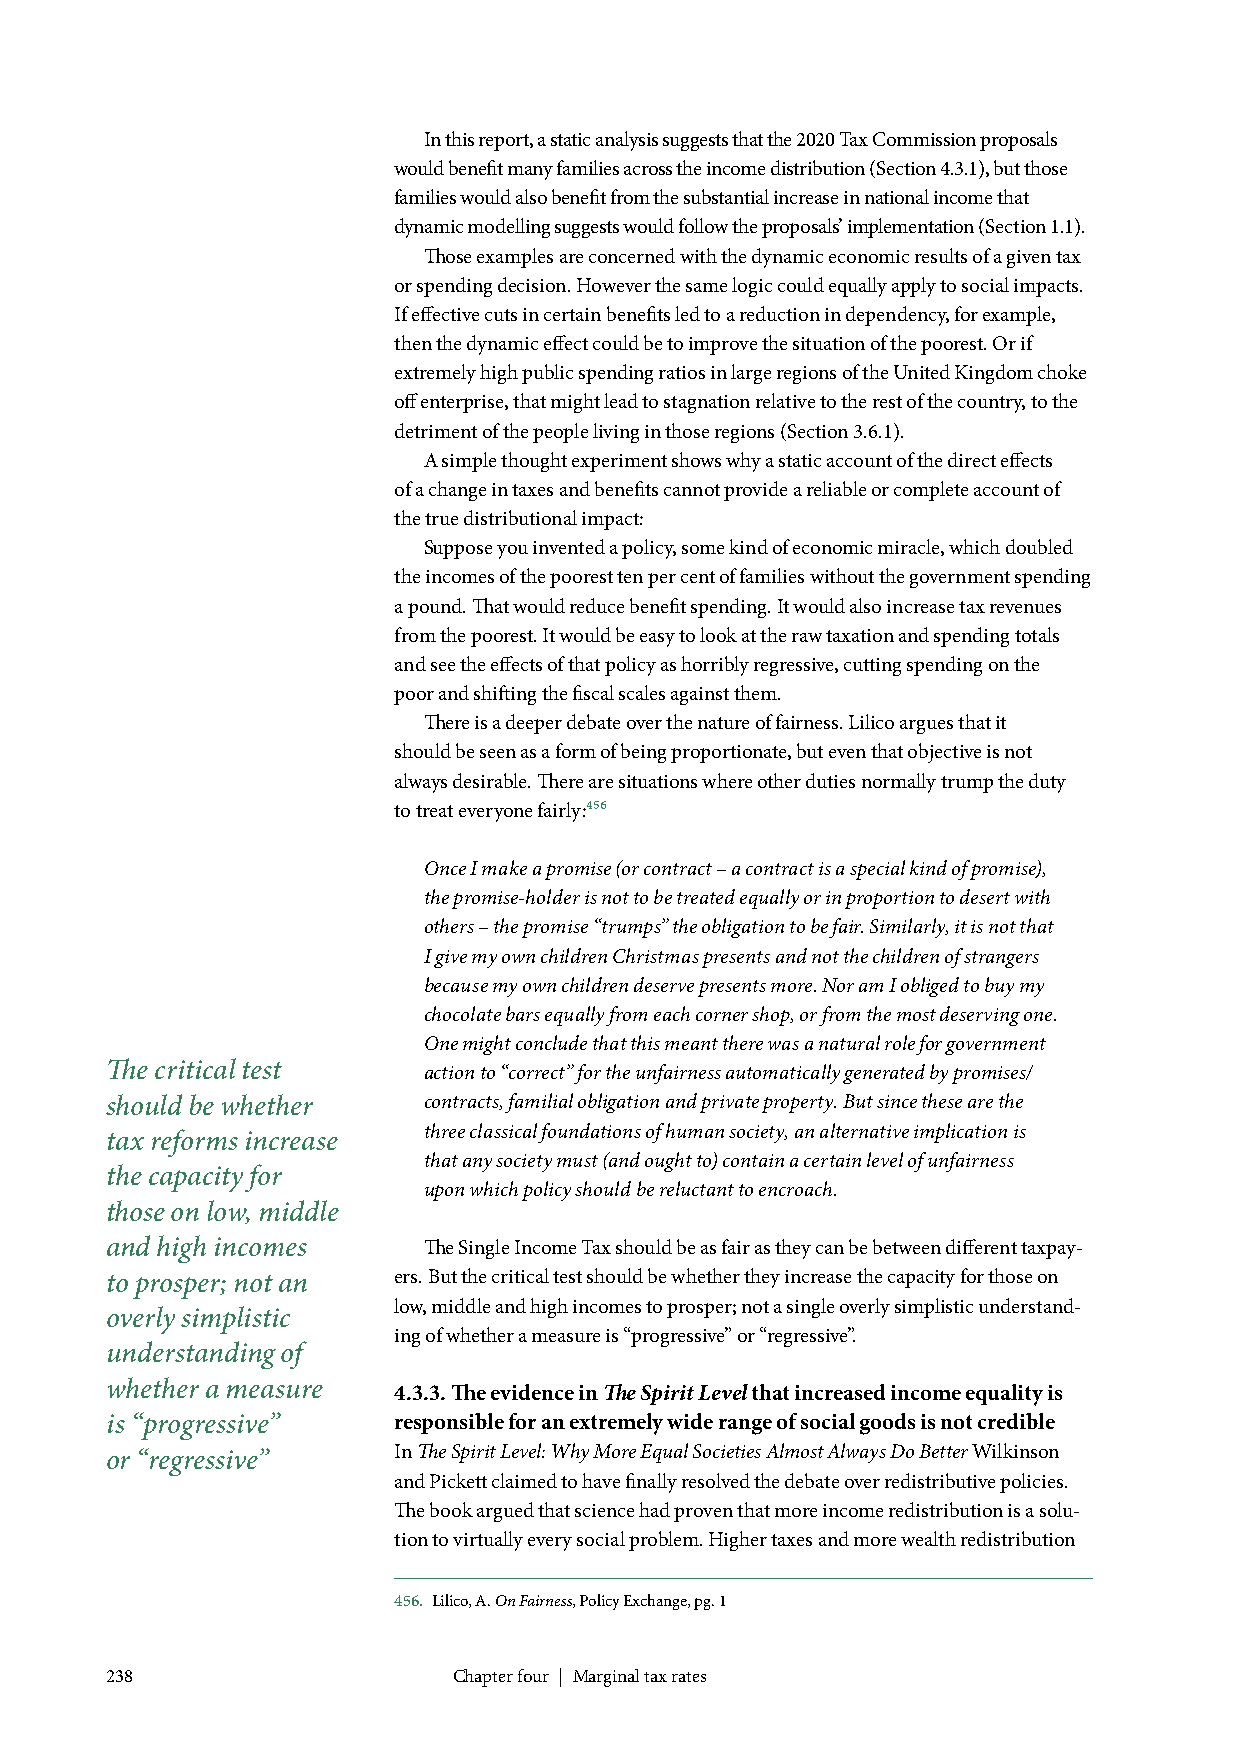
In this report, a static analysis suggests that the 2020 Tax Commission proposals
 would benefit many families across the income distribution (Section 4.3.1), but those
 families would also benefit from the substantial increase in national income that
 dynamic modelling suggests would follow the proposals’ implementation (Section 1.1).
 Those examples are concerned with the dynamic economic results of a given tax
 or spending decision. However the same logic could equally apply to social impacts.
 If effective cuts in certain benefits led to a reduction in dependency, for example,
 then the dynamic effect could be to improve the situation of the poorest. Or if
 extremely high public spending ratios in large regions of the United Kingdom choke
 off enterprise, that might lead to stagnation relative to the rest of the country, to the
 detriment of the people living in those regions (Section 3.6.1).
 A simple thought experiment shows why a static account of the direct effects
 of a change in taxes and benefits cannot provide a reliable or complete account of
 the true distributional impact:
 Suppose you invented a policy, some kind of economic miracle, which doubled
 the incomes of the poorest ten per cent of families without the government spending
 a pound. That would reduce benefit spending. It would also increase tax revenues
 from the poorest. It would be easy to look at the raw taxation and spending totals
 and see the effects of that policy as horribly regressive, cutting spending on the
 poor and shifting the fiscal scales against them.
 There is a deeper debate over the nature of fairness. Lilico argues that it
 should be seen as a form of being proportionate, but even that objective is not
 always desirable. There are situations where other duties normally trump the duty
 to treat everyone fairly:456
 Once I make a promise (or contract – a contract is a special kind of promise),
 the promise-holder is not to be treated equally or in proportion to desert with
 others – the promise “trumps” the obligation to be fair. Similarly, it is not that
 I give my own children Christmas presents and not the children of strangers
 because my own children deserve presents more. Nor am I obliged to buy my
 chocolate bars equally from each corner shop, or from the most deserving one.
 One might conclude that this meant there was a natural role for government
 The critical test    action to “correct” for the unfairness automatically generated by promises/
 should be whether    contracts, familial obligation and private property. But since these are the
 three classical foundations of human society, an alternative implication is
 tax reforms increase
 that any society must (and ought to) contain a certain level of unfairness
 the capacity for
 upon which policy should be reluctant to encroach.
 those on low, middle
 and high incomes     The Single Income Tax should be as fair as they can be between different taxpay-
 to prosper; not an ers. But the critical test should be whether they increase the capacity for those on
 low, middle and high incomes to prosper; not a single overly simplistic understand-
 overly simplistic
 ing of whether a measure is “progressive” or “regressive”.
 understanding of
 whether a measure  4.3.3. The evidence in The Spirit Level that increased income equality is
 is “progressive”   responsible for an extremely wide range of social goods is not credible
 or “regressive”    In The Spirit Level: Why More Equal Societies Almost Always Do Better Wilkinson
 and Pickett claimed to have finally resolved the debate over redistributive policies.
 The book argued that science had proven that more income redistribution is a solu-
 tion to virtually every social problem. Higher taxes and more wealth redistribution
 456. Lilico, A. On Fairness, Policy Exchange, pg. 1
 238                    Chapter four | Marginal tax rates